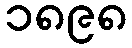
၁၈၉၈